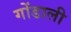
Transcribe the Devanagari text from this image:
गोंडाली